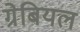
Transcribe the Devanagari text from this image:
ग्रेबियल